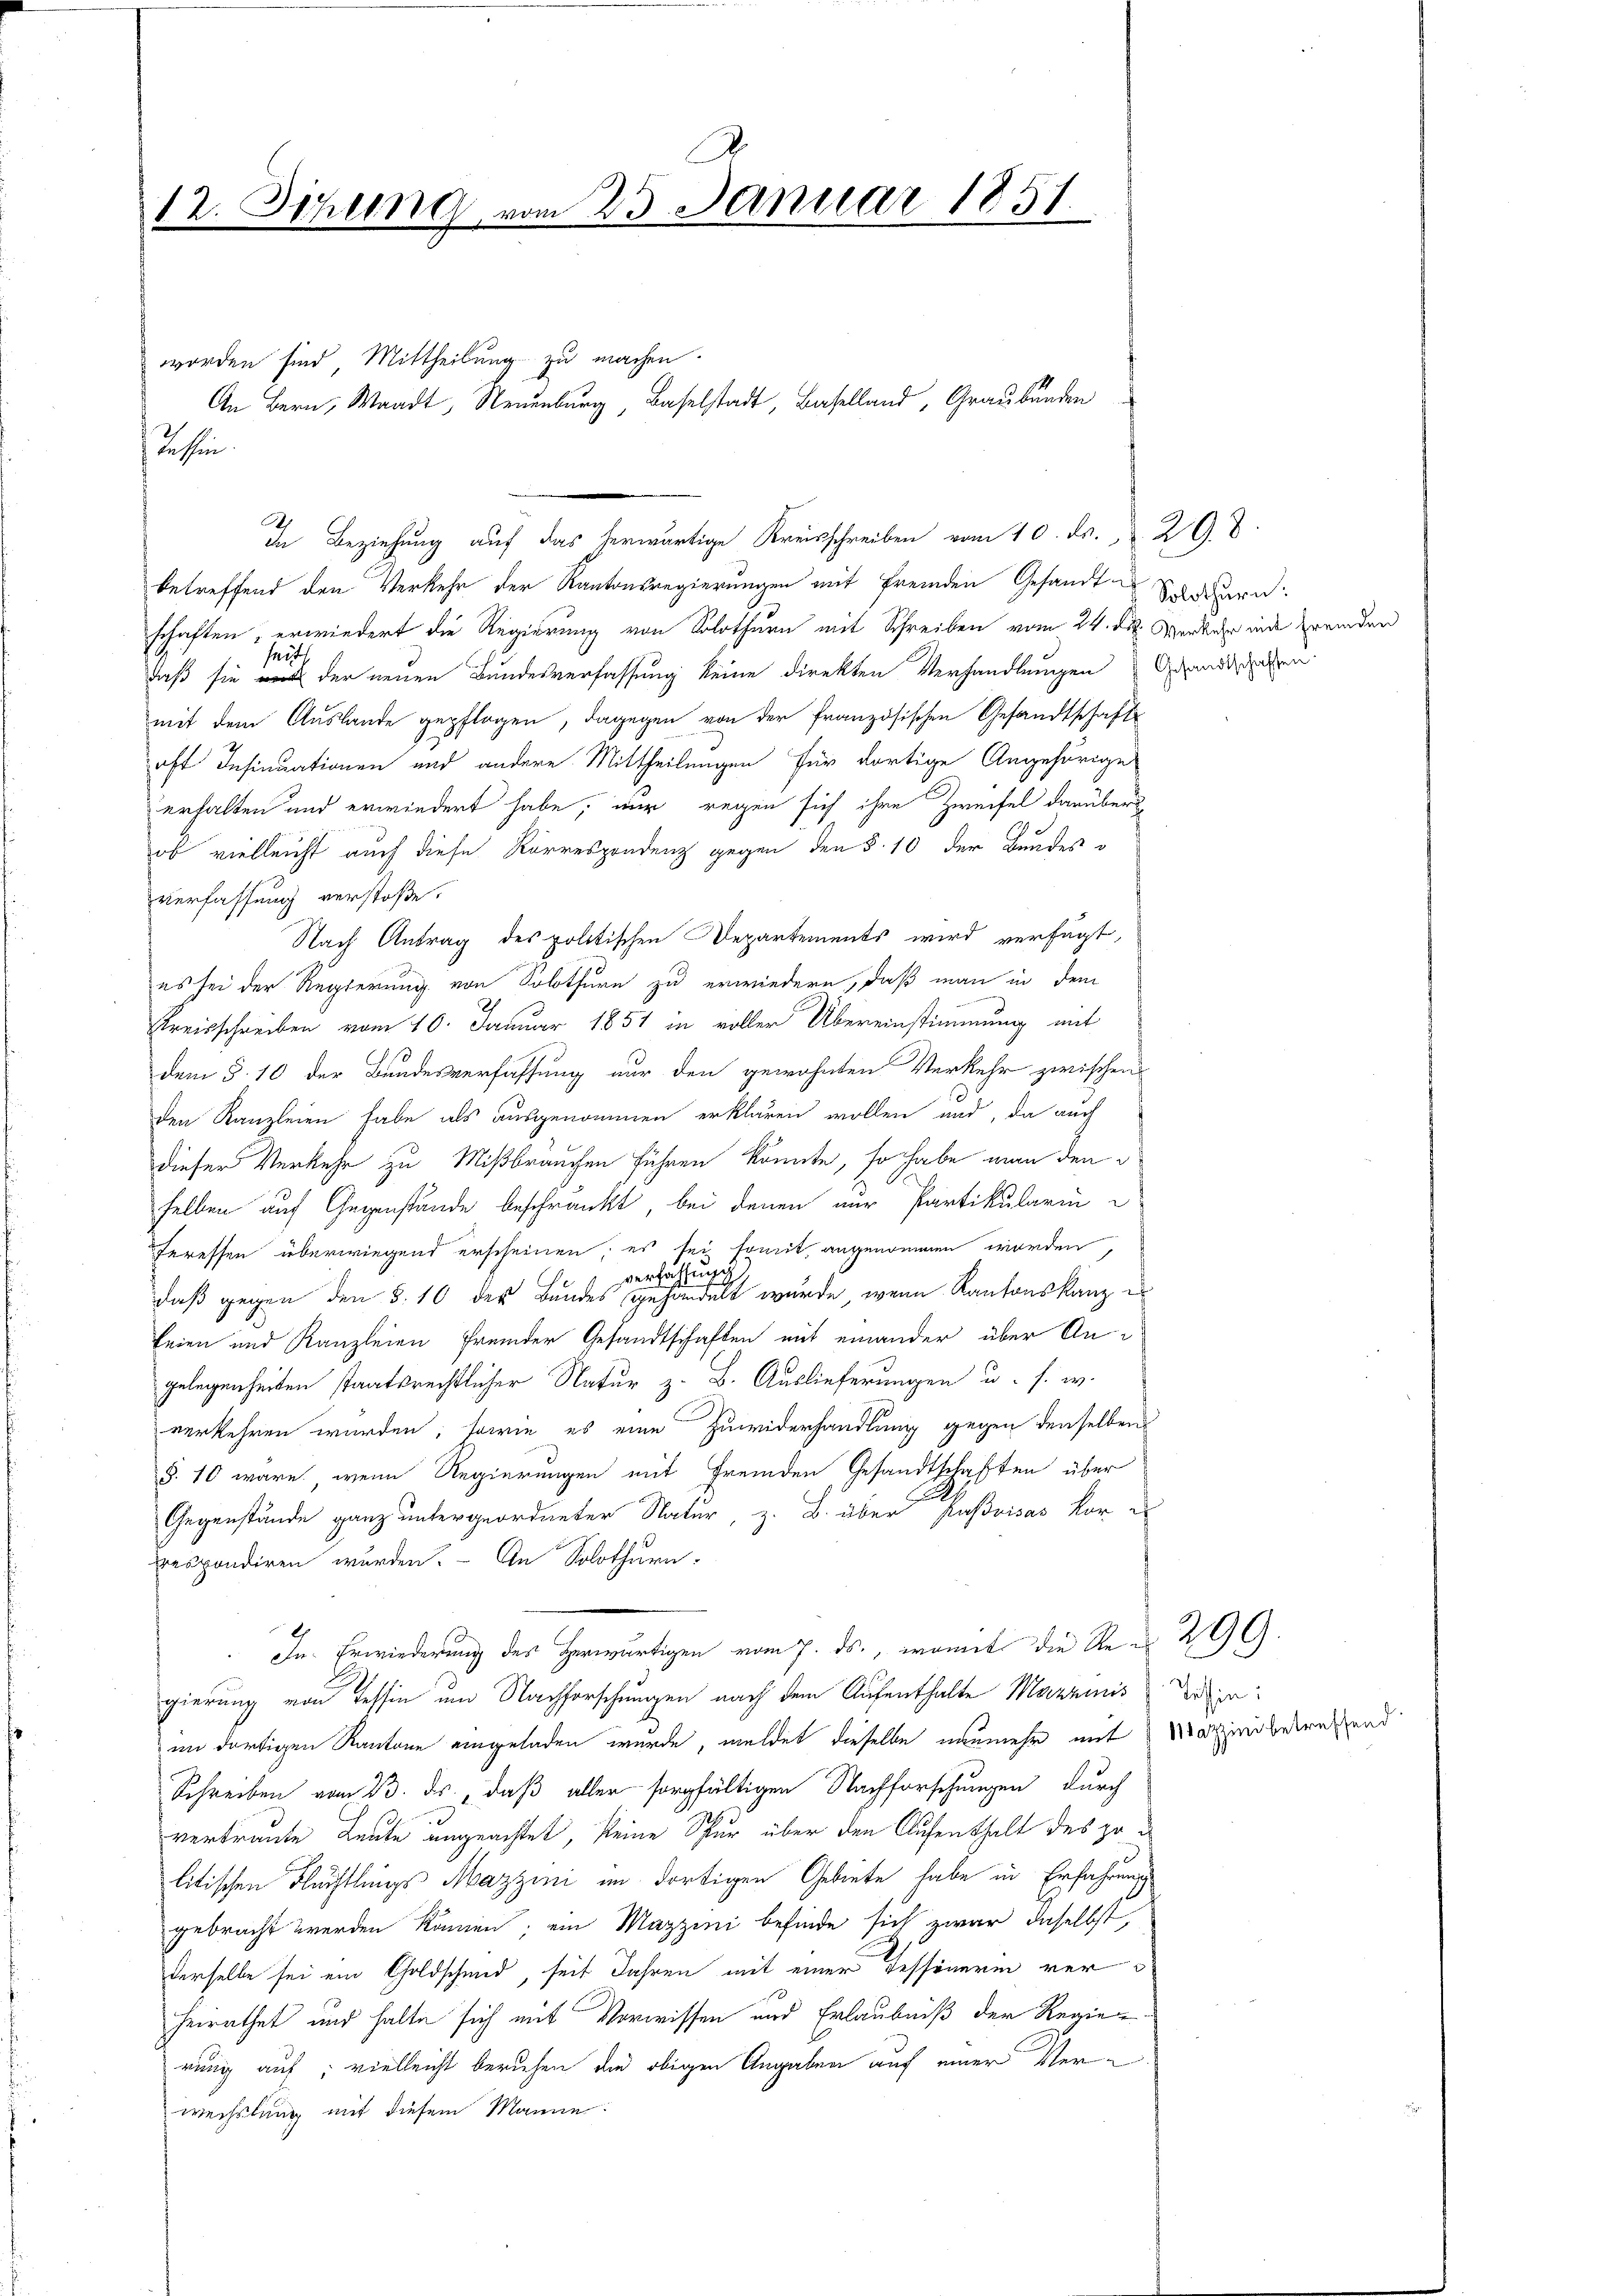
12. Sitzung vom 23. Januar 1851
worden sind. Mittheilung zu machen.
An Bern, Waadt, Neuenburg, Baselstadt, Baselland, Graubünden

Rachen.

betreffend den Verkehr der Kantonsregierungen mit fremden Gesandt Sauern.
schaften, erwiedert die Regierung von Solothurn mit Schreiben vom 24. des Verker und fremden
seits
daß sie mit der neuen Bundesverfassung keine direkten Verhandlungen Grandtschen
mit dem Auslande gepflogen, dagegen von der französischen Gesandtschaft
aft Insinuationen und andere Mittheilungen für dortige Angehörige
erhalten und erwiedert habe, nur regen sich ihre Zweifel darüber
ob vielleicht auch diese Korrespondenz gegen den §. 10 der Bundes
verfassung verstoße.
Nach Antrag des politischen Departements wird verfügt,
es sei der Regierung von Solothurn zu erwiedern, daß man in dem
Kreisschreiben vom 10. Januar 1851 in voller Übereinstimmung mit
dem §. 10 der Bundesverfassung nur den gewohnten Verkehr zwischens
den Kanzleien habe als ausgenommen erklären wollen und, da auch
dieser Verkehr zu Mißbräuchen führen könnte, so habe man den
selben auf Gegenstände beschränkt, bei denen nur Partikulariu
teressen überwiegend erscheinen; es sei somit, angenommen worden,
luge
verfal
daß gegen den §. 10 der Bundes gehandelt wurde, wenn Kantonskanz e
feien und Kanzleien fremder Gesandtschaften mit einander über Angelegenheiten staatsrechtlicher Natur z. B. Auslieferungen u. s. w.
verkehren wurden, sowie es eine Zuwiderhandlung gegen denselben
§. 10 wäre, wenn Regierungen mit fremden Gesandtschaften über
Gegenstände ganz untergeordneter Natur, z. B. über Kußvisas vor e
rrespondiren wurden. – An Solothurn
In Erwiederung des Herwärtigen vom 7. ds., womit die Ren 29
gierung von Tessin um Nachforschungen nach dem Aufenthalte Marziis Trien:
im dortigen Kantone eingeladen wurde, meldet dieselbe nunmehr mit Marzinsbetreffend
Schreiben vom 23. ds., daß aller sorgfältigen Nachforschungen durch
vertraute Leute ungeachtet, keine Spur über den Aufenthalt des zu i
litischen Flüchtlings Mazzini im dortigen Gebiete habe in Erfahrung
gebracht werden können; ein Mazzini befinde sich zwar daselbst,
derselbe sei ein Goldschmid, seit Jahren mit einer Tessinerin verheirathet und halte sich mit Vorwissen und Erlaubniß der Regierung auf; vielleicht beruhen die obigen Angaben auf einer Verwechslung mit diesem Manne:

In Beziehung auf das herwärtige Kreisschreiben vom 10. ds. 29. 8